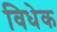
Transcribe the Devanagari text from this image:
विधेक